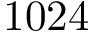
1 0 2 4